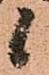
候